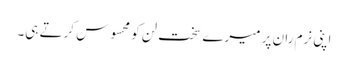
اپنی نرم ران پر میرے سخت لن کو محسوس کرتے ہی۔